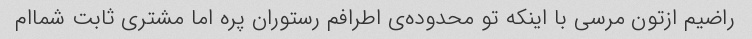
راضیم ازتون مرسی با اینکه تو محدوده‌ی اطرافم رستوران پره اما مشتری ثابت شماام